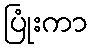
ပြုံးကာ